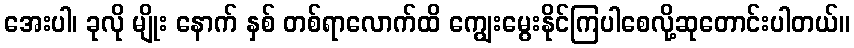
အေးပါ၊ ခုလို မျိုး နောက် နှစ် တစ်ရာလောက်ထိ ကျွေးမွေးနိုင်ကြပါစေလို့ဆုတောင်းပါတယ်။